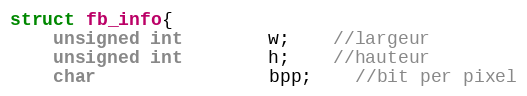
Language: C
struct fb_info{
	unsigned int		w;	//largeur
	unsigned int		h;	//hauteur
	char				bpp;	//bit per pixel